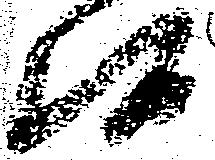
候